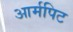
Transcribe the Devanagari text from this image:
आर्मपिट